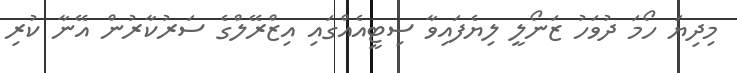
މިދިޔަ ހޯމަ ދުވަހު ޒަނޯލީ ލިޔެފައިވާ ސިޓީއެއްގައި އިޒްރޭލްގެ ސަރުކާރުން އޭނާ ކުރި